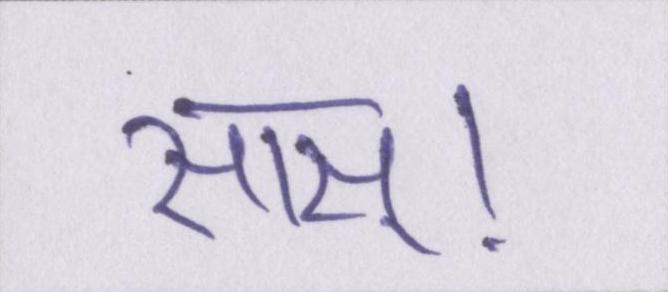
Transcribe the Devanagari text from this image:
सास्।